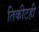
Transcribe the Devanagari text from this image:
तिकीटही